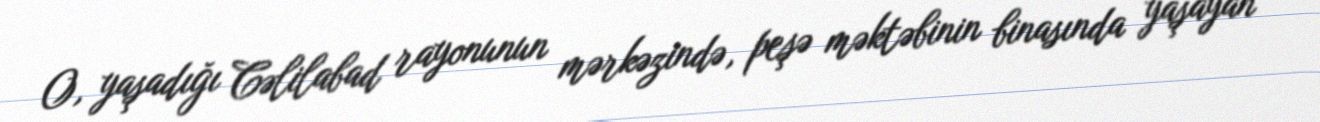
O, yaşadığı Cəlilabad rayonunun mərkəzində, peşə məktəbinin binasında yaşayan